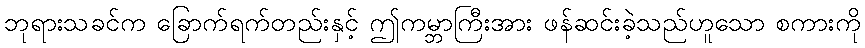
ဘုရားသခင်က ခြောက်ရက်တည်းနှင့် ဤကမ္ဘာကြီးအား ဖန်ဆင်းခဲ့သည်ဟူသော စကားကို